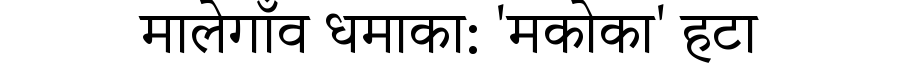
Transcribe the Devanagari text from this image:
मालेगाँव धमाका: 'मकोका' हटा